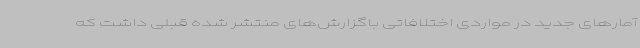
آمارهای جدید در مواردی اختلافاتی باگزارش‌های منتشر شده قبلی داشت که